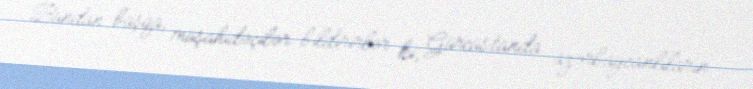
Bundan başqa, müşahidəçilər bildirirlər ki, Gürcüstanda azərbaycanlıların